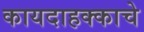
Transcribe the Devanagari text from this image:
कायदाहक्काचे